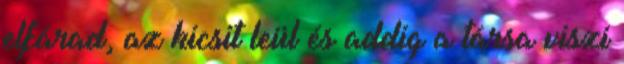
elfárad, az kicsit leül és addig a társa viszi